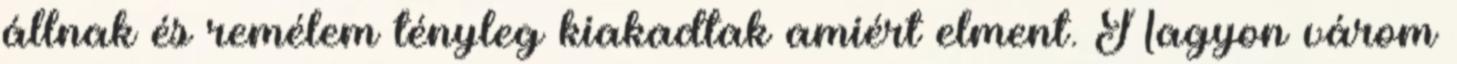
állnak és remélem tényleg kiakadtak amiért elment. Nagyon várom